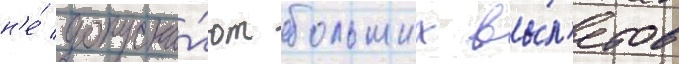
н'е́ допуска́ют больших вы́л'етов